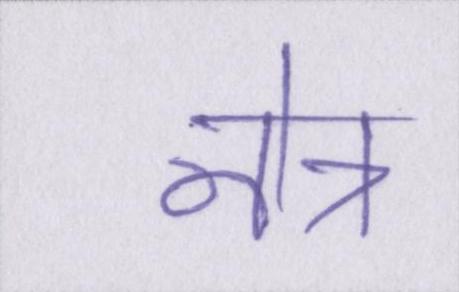
नेत्र